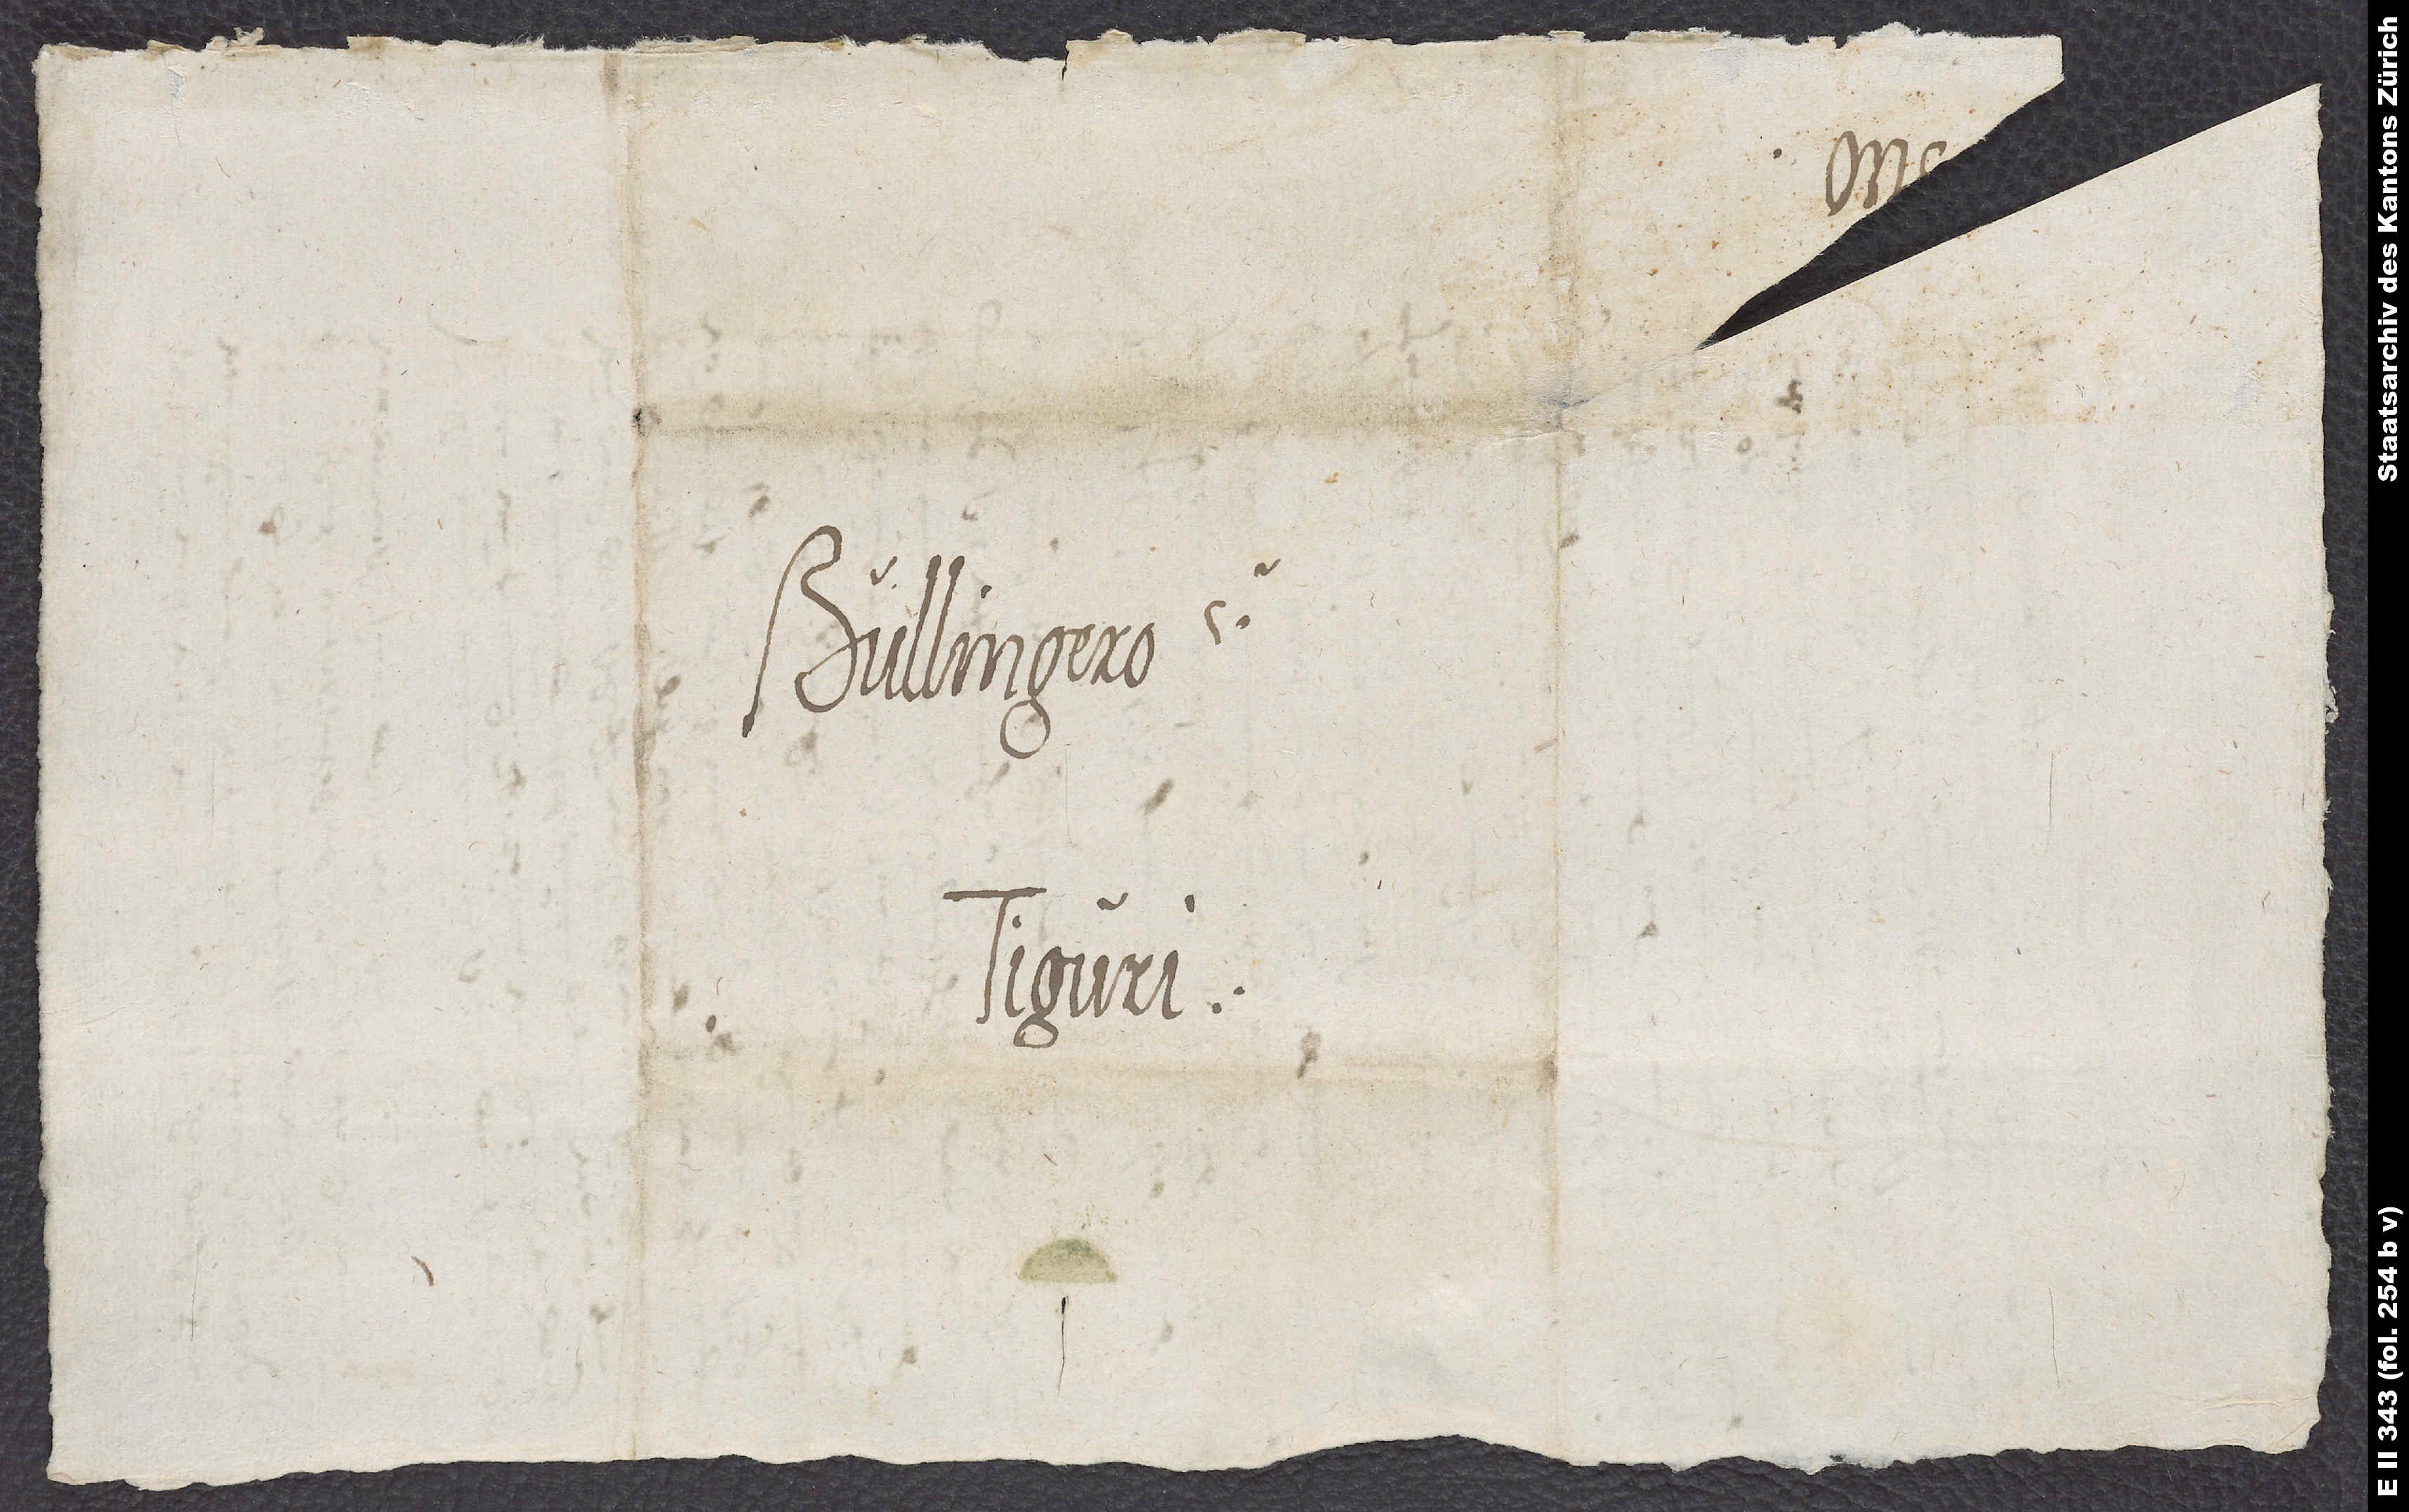
Bullingero
Tiguri.